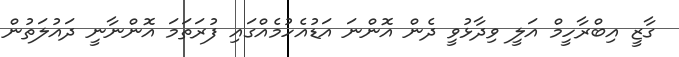
ގާޒީ އިބްރާހީމް އަލީ ވިދާޅުވީ ދެން އޮންނަ އަޑުއެހުމެއްގައި ފުރަތަމަ އޮންނާނީ ދައުލަތުން